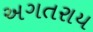
અગતરાય